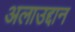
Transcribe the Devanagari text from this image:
अलाउद्दान